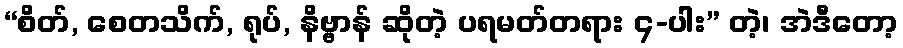
“စိတ်, စေတသိက်, ရုပ်, နိဗ္ဗာန် ဆိုတဲ့ ပရမတ်တရား ၄-ပါး” တဲ့၊ အဲဒီတော့